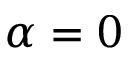
\alpha = 0